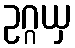
ဥဂ္ဂယှ